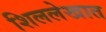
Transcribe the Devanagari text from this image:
शिललेखात